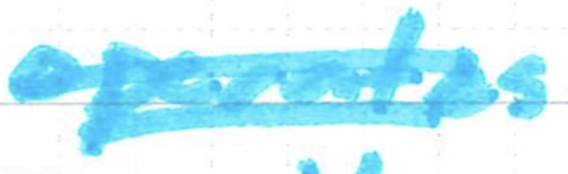
Text: operates
Cross-out: double-line
Writing tool: marker